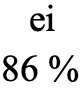
ei 86 %